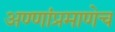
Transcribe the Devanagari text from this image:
अण्णांप्रमाणेच